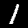
Label: 1